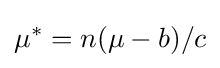
\mu ^{*}=n(\mu -b)/c